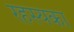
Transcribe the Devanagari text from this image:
रहस्यका